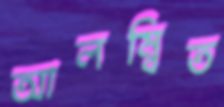
আলম্বিত